Indian journal of veterinary science and animal husbandry - Volumes 26-27, 1956-1957
Year: 1956
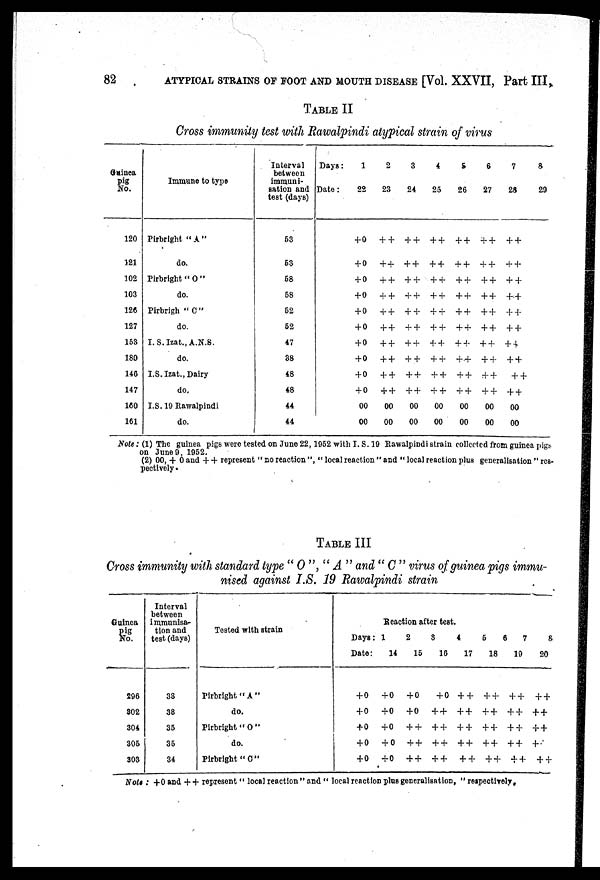
82
ATYPICAL STRAINS OF FOOT AND MOUTH DISEASE [Vol. XXVII, Part III,
TABLE II
Cross immunity test with Rawalpindi atypical strain of virus
Guinea
Pig
No.
120
121
102
103
126
127
153
180
146
147
160
161
Immune to type
Pirbright " A "
do.
Pirbright "O"
do.
Pirbrigh " C "
do.
I. S. Izat., A.N.S.
do.
I.S.Izat., Dairy
do.
I.S. 19 Rawalpindi
do.
Interval
between
immuni-
sation and
test (days)
53
53
58
58
52
52
47
38
48
48
44
44
Days:
Date:
1
22
+ 0
+ 0
+ 0
+ 0
+ 0
+ 0
+ 0
+ 0
+ 0
+ 0
00
00
2
23
++
++
++
++
++
++
++
++
++
++
00
00
3
24
++
++
++
++
++
++
++
++
++
++
00
00
4
25
++
++
++
++
++
++
++
++
++
++
00
00
5
26
++
++
++
++
++
++
++
++
++
++
00
00
6
27
++
++
++
++
++
++
++
++
++
++
00
00
7
28
++
++
++
++
++
++
++
++
++
++
00
00
8
29
Note : (1) The guinea pigs were tested on June 22, 1952 with I. S. 19 Rawalpindi strain collected from guinea pigs
on June 9, 1952.
(2) 00, + 0 and ++ represent " no reaction ", " local reaction " and " local reaction plus generalisation " res-
pectively.
TABLE III
Cross immunity with standard type " O ", " A" and " C " virus of guinea pigs immu-
nised against I.S. 19 Rawalpindi strain
Guinea
Pig
No.
296
302
304
305
303
Interval
between
immunisa-
tion and
test (days)
33
38
35
35
34
Tested with strain
Pirbright "A"
do.
Pirbright " O "
do.
Pirbright " C "
Reaction after test.
Date:
+0
+0
+0
+0
+0
14
+0
+0
+0
+0
+0
15
+0
+0
++
++
++
16
+0
++
++
++
++
17
++
++
++
++
++
18
++
++
++
++
++
19
++
++
++
++
++
20
++
++
++
++
++
Note : +0 and ++ represent " local reaction " and " local reaction plus generalisation, " respectively.